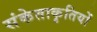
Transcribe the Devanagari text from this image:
संकेताकृतियों